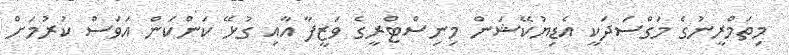
މިތަމްރީނުގެ މަގްސަދަކީ އެޑިޔުކޭޝަން މިނިސްޓްރީގެ ވަޒީފާ އާއި ގުޅޭ ކަންކަން އަވަސް ކުރުމަށް